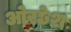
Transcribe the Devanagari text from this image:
ओरछेश